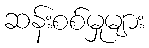
ဆန်းစစ်မှုများ